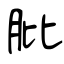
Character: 肶